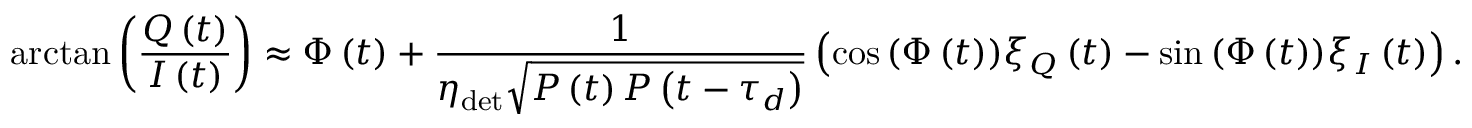
\arctan \left( \frac { Q \left( t \right) } { I \left( t \right) } \right) \approx \Phi \left( t \right) + \frac { 1 } { \eta _ { \mathrm { d e t } } \sqrt { P \left( t \right) P \left( t - \tau _ { d } \right) } } \left( \cos { \left( \Phi \left( t \right) \right) } \xi _ { Q } \left( t \right) - \sin { \left( \Phi \left( t \right) \right) } \xi _ { I } \left( t \right) \right) .